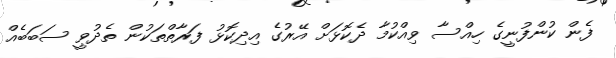
ފެން ކުންފުނީގެ ހިއްސާ ވިއްކުމާ ދެކޮޅަށް އޭރުގެ އިދިކޮޅު ފަރާތްތަކުން ތެދުވީ ސަބަބެއް